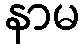
နာမ